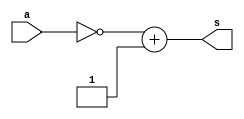
// Extra0004 - COMPLEMENTO_DE_2 - Entrada de 1 byte
// Nome: Tiago Moreira

// -- modulo complement

module complement(input [7:0]a, output [7:0]s);
	assign s = ~(a)+1;
endmodule //complement

// -- modulo para testar
module testcomplement;

// ---- dados locais

reg [7:0]a = 8'b11000101;

wire [7:0]s;

complement COMP2(a,s);

// ---- parte principal

initial
	begin
	
	//execucao unitaria
	$display ("Extra0004 - Tiago Moreira - 438948");
	$display ("Teste Complemento de 2");
	
	#1 $monitor("C2 de %b = %b",a,s);
	#1	a = 8'b00000000;
	#1 a = 8'b11111111;
	
	end
endmodule //testcomplement

// -- Documentacao complementar
// 
// 		Historico
// Nome					Data				Modificacao
// Extra0003			11/08/2011		Esboco Teste de complemento de 1
// Extra0004			11/08/2011		Esboco Teste de complemento de 2
//
//			Testes e Resultados
//
// Extra0003
//		Teste Complemento de 1
//		C1 de 11000101 = 00111010
//		C1 de 00000000 = 11111111
//		C1 de 11111111 = 00000000
//
// Extra0004
//		Teste Complemento de 2
//		C2 de 11000101 = 00111011
//		C2 de 00000000 = 00000000
//		C2 de 11111111 = 00000001